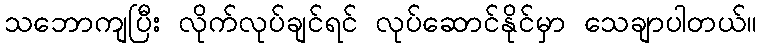
သဘောကျပြီး လိုက်လုပ်ချင်ရင် လုပ်ဆောင်နိုင်မှာ သေချာပါတယ်။